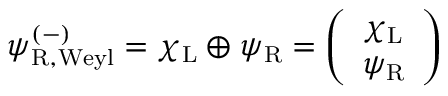
\psi _ { \mathrm { { R , W e y l } } } ^ { ( - ) } = \chi _ { \mathrm { { L } } } \oplus \psi _ { \mathrm { { R } } } = { \left( \begin{array} { l } { \chi _ { \mathrm { { L } } } } \\ { \psi _ { \mathrm { { R } } } } \end{array} \right) }